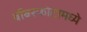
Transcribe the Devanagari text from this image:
बाँबस्फोटामध्ये